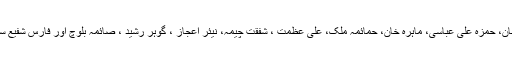
فلم کی سٹار کاسٹ میں فواد خان، حمزہ علی عباسی، ماہرہ خان، حمائمہ ملک، علی عظمت ، شفقت چیمہ، نیئر اعجاز ، گوہر رشید ، صائمہ بلوچ اور فارس شفیع سمیت دیگر بڑے نام شامل ہیں۔